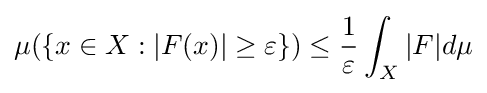
\mu (\{x\in X:|F(x)|\geq \varepsilon \})\leq {\frac {1}{\varepsilon }}\int _{X}|F|d\mu